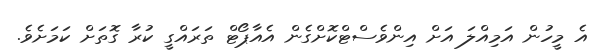
އެ މީހުން އަމިއްލަ އަށް އިންވެސްޓްކޮށްގެން އެއާޕޯޓް ތަރައްގީ ކުރާ ގޮތަށް ކަމަށެވެ.